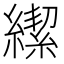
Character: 𮉄